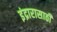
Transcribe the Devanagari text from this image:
इंद्रारासाठी